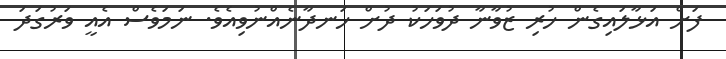
ފަށް އަޅާލައިގެން ހުރި ޒުވާނާ ދުވަހަކު ދުށް ހަނދާނެއްނުވިއެވެ. ނަމަވެސް އެއީ ވަރުގަދަ